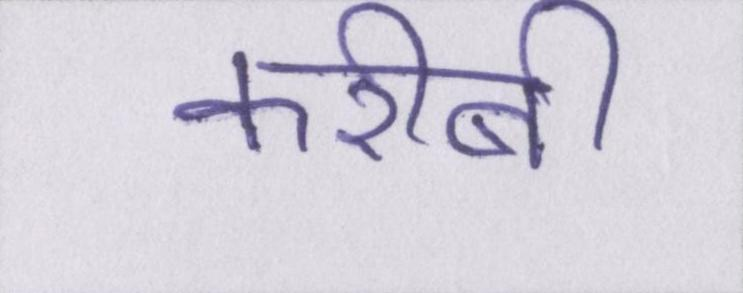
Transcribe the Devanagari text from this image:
करीबी